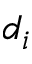
d _ { i }